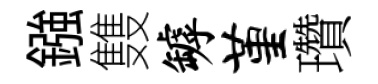
鏹䨇罅堇瓚